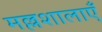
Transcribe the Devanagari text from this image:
मल्लशालाएँ